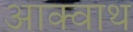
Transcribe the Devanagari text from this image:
आक्वाथ